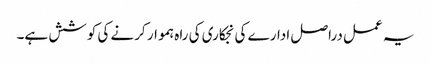
یہ عمل دراصل ادارے کی نجکاری کی راہ ہموار کرنے کی کوشش ہے۔